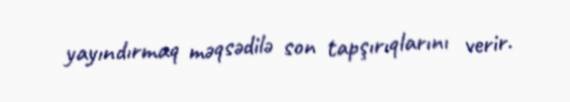
yayındırmaq məqsədilə son tapşırıqlarını verir.